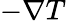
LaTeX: -\nabla T